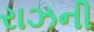
રાઝની